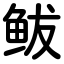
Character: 鲅